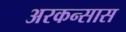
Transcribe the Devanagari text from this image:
अरकन्‍सास